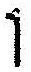
1